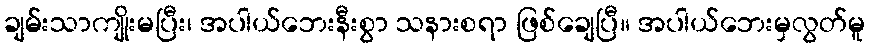
ချမ်းသာကျိုးမပြီး၊ အပါယ်ဘေးနီးစွာ သနားစရာ ဖြစ်ချေပြီ။ အပါယ်ဘေးမှလွတ်မူ